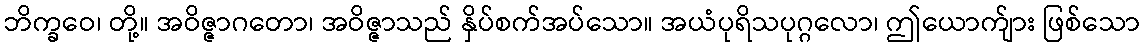
ဘိက္ခဝေ၊ တို့။ အဝိဇ္ဇာဂတော၊ အဝိဇ္ဇာသည် နှိပ်စက်အပ်သော။ အယံပုရိသပုဂ္ဂလော၊ ဤယောက်ျား ဖြစ်သော